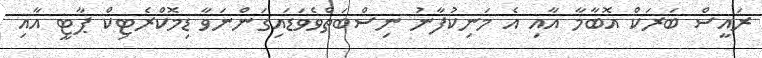
ރައީސް ބަރަކް އޮބާމާ އާއި އެ މަނިކުފާނު ނިސްބަތްވެވަޑައިގަންނަވާ ޑިމޮކްރެޓިކް ޕާޓީ އާއި